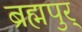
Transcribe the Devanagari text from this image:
ब्रह्मपुर्